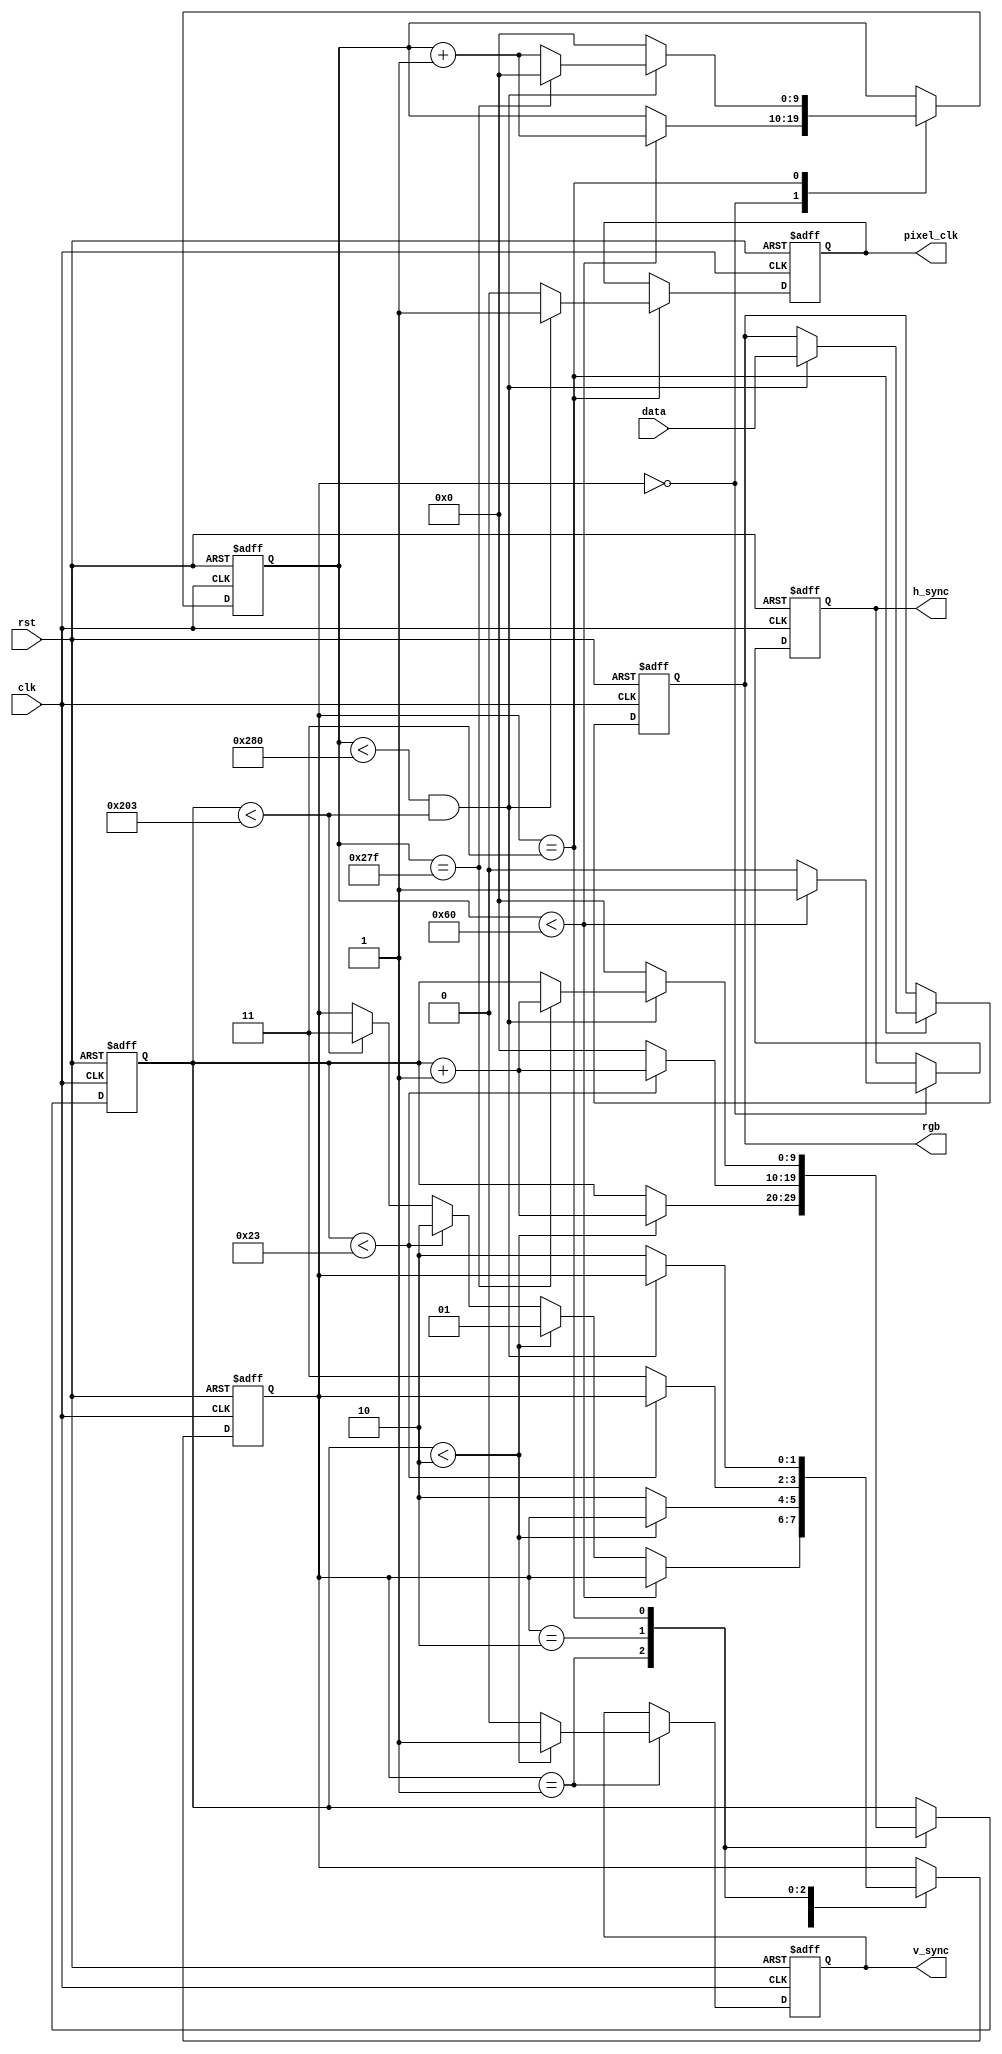
module vga_controller(
    input wire clk,
    input wire rst,
    input wire [7:0] data,
    output reg h_sync,
    output reg v_sync,
    output reg pixel_clk,
    output reg [7:0] rgb
);

// Define VGA timing parameters
parameter H_SYNC_CYCLES = 96;
parameter H_BACK_PORCH_CYCLES = 48;
parameter H_ACTIVE_CYCLES = 640;
parameter H_FRONT_PORCH_CYCLES = 16;

parameter V_SYNC_LINES = 2;
parameter V_BACK_PORCH_LINES = 33;
parameter V_ACTIVE_LINES = 480;
parameter V_FRONT_PORCH_LINES = 10;

reg [9:0] h_counter;
reg [9:0] v_counter;
reg [1:0] state;

always@(posedge clk or posedge rst) begin
    if (rst) begin
        state <= 2'b00;
        h_counter <= 10'd0;
        v_counter <= 10'd0;
        h_sync <= 1'b0;
        v_sync <= 1'b0;
        pixel_clk <= 1'b0;
        rgb <= 8'h00;
    end else begin
        case (state)
            2'b00: begin // Horizontal sync
                if (h_counter < H_SYNC_CYCLES) begin
                    h_sync <= 1'b1;
                    h_counter <= h_counter + 1;
                end else begin
                    h_sync <= 1'b0;
                    if (v_counter < V_SYNC_LINES) begin
                        state <= 2'b01;
                    end else if (v_counter < (V_SYNC_LINES + V_BACK_PORCH_LINES)) begin
                        state <= 2'b10;
                    end else if (v_counter < (V_SYNC_LINES + V_BACK_PORCH_LINES + V_ACTIVE_LINES)) begin
                        state <= 2'b11;
                    end
                end
            end
            2'b01: begin // Vertical sync
                if (v_counter < V_SYNC_LINES) begin
                    v_sync <= 1'b1;
                    v_counter <= v_counter + 1;
                end else begin
                    v_sync <= 1'b0;
                    state <= 2'b10;
                end
            end
            2'b10: begin // Back porch
                if (v_counter < (V_SYNC_LINES + V_BACK_PORCH_LINES)) begin
                    v_counter <= v_counter + 1;
                end else begin
                    v_counter <= 10'd0;
                    state <= 2'b11;
                end
            end
            2'b11: begin // Active region
                if (h_counter < H_ACTIVE_CYCLES && v_counter < (V_SYNC_LINES + V_BACK_PORCH_LINES + V_ACTIVE_LINES)) begin
                    pixel_clk <= 1'b1;
                    rgb <= data;
                    h_counter <= h_counter + 1;
                    if (h_counter == H_ACTIVE_CYCLES - 1) begin
                        h_counter <= 10'd0;
                        v_counter <= v_counter + 1;
                    end
                end else begin
                    pixel_clk <= 1'b0;
                    h_counter <= 10'd0;
                    v_counter <= 10'd0;
                    state <= 2'b10;
                end
            end
        endcase
    end
end

endmodule